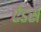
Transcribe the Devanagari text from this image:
ऐंडस